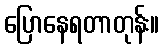
ပြောနေရတာတုန်း။